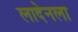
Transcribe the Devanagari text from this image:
लादेनला